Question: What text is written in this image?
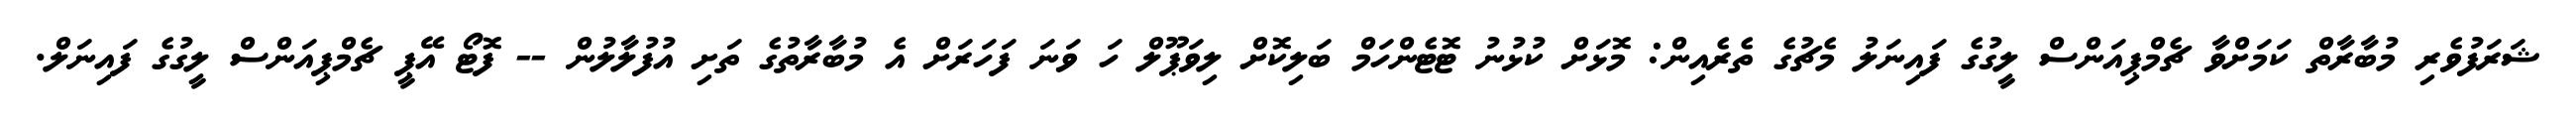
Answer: ޝަރަފުވެރި މުބާރާތް ކަމަށްވާ ޗެމްޕިއަންސް ލީގުގެ ފައިނަލު މެޗުގެ ތެރެއިން: މޮޅަށް ކުޅުނު ޓޮޓެންހަމް ބަލިކޮށް ލިވަޕޫލް ހަ ވަނަ ފަހަރަށް އެ މުބާރާތުގެ ތަށި އުފުލާލުން -- ފޮޓޯ އޭޕީ ޗެމްޕިއަންސް ލީގުގެ ފައިނަލް.